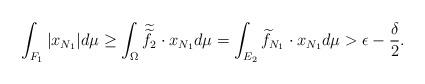
LaTeX: \begin{align*}\int_{F_{1}}|x_{N_{1}}|d\mu\geq \int_{\Omega}\widetilde{\widetilde{f}_{2}}\cdot x_{N_{1}}d\mu=\int_{E_{2}}\widetilde{f}_{N_{1}}\cdot x_{N_{1}}d\mu >\epsilon-\frac{\delta}{2}.\end{align*}